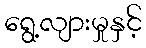
ရွေ့လျားမှုနှင့်